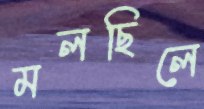
মলছিলে